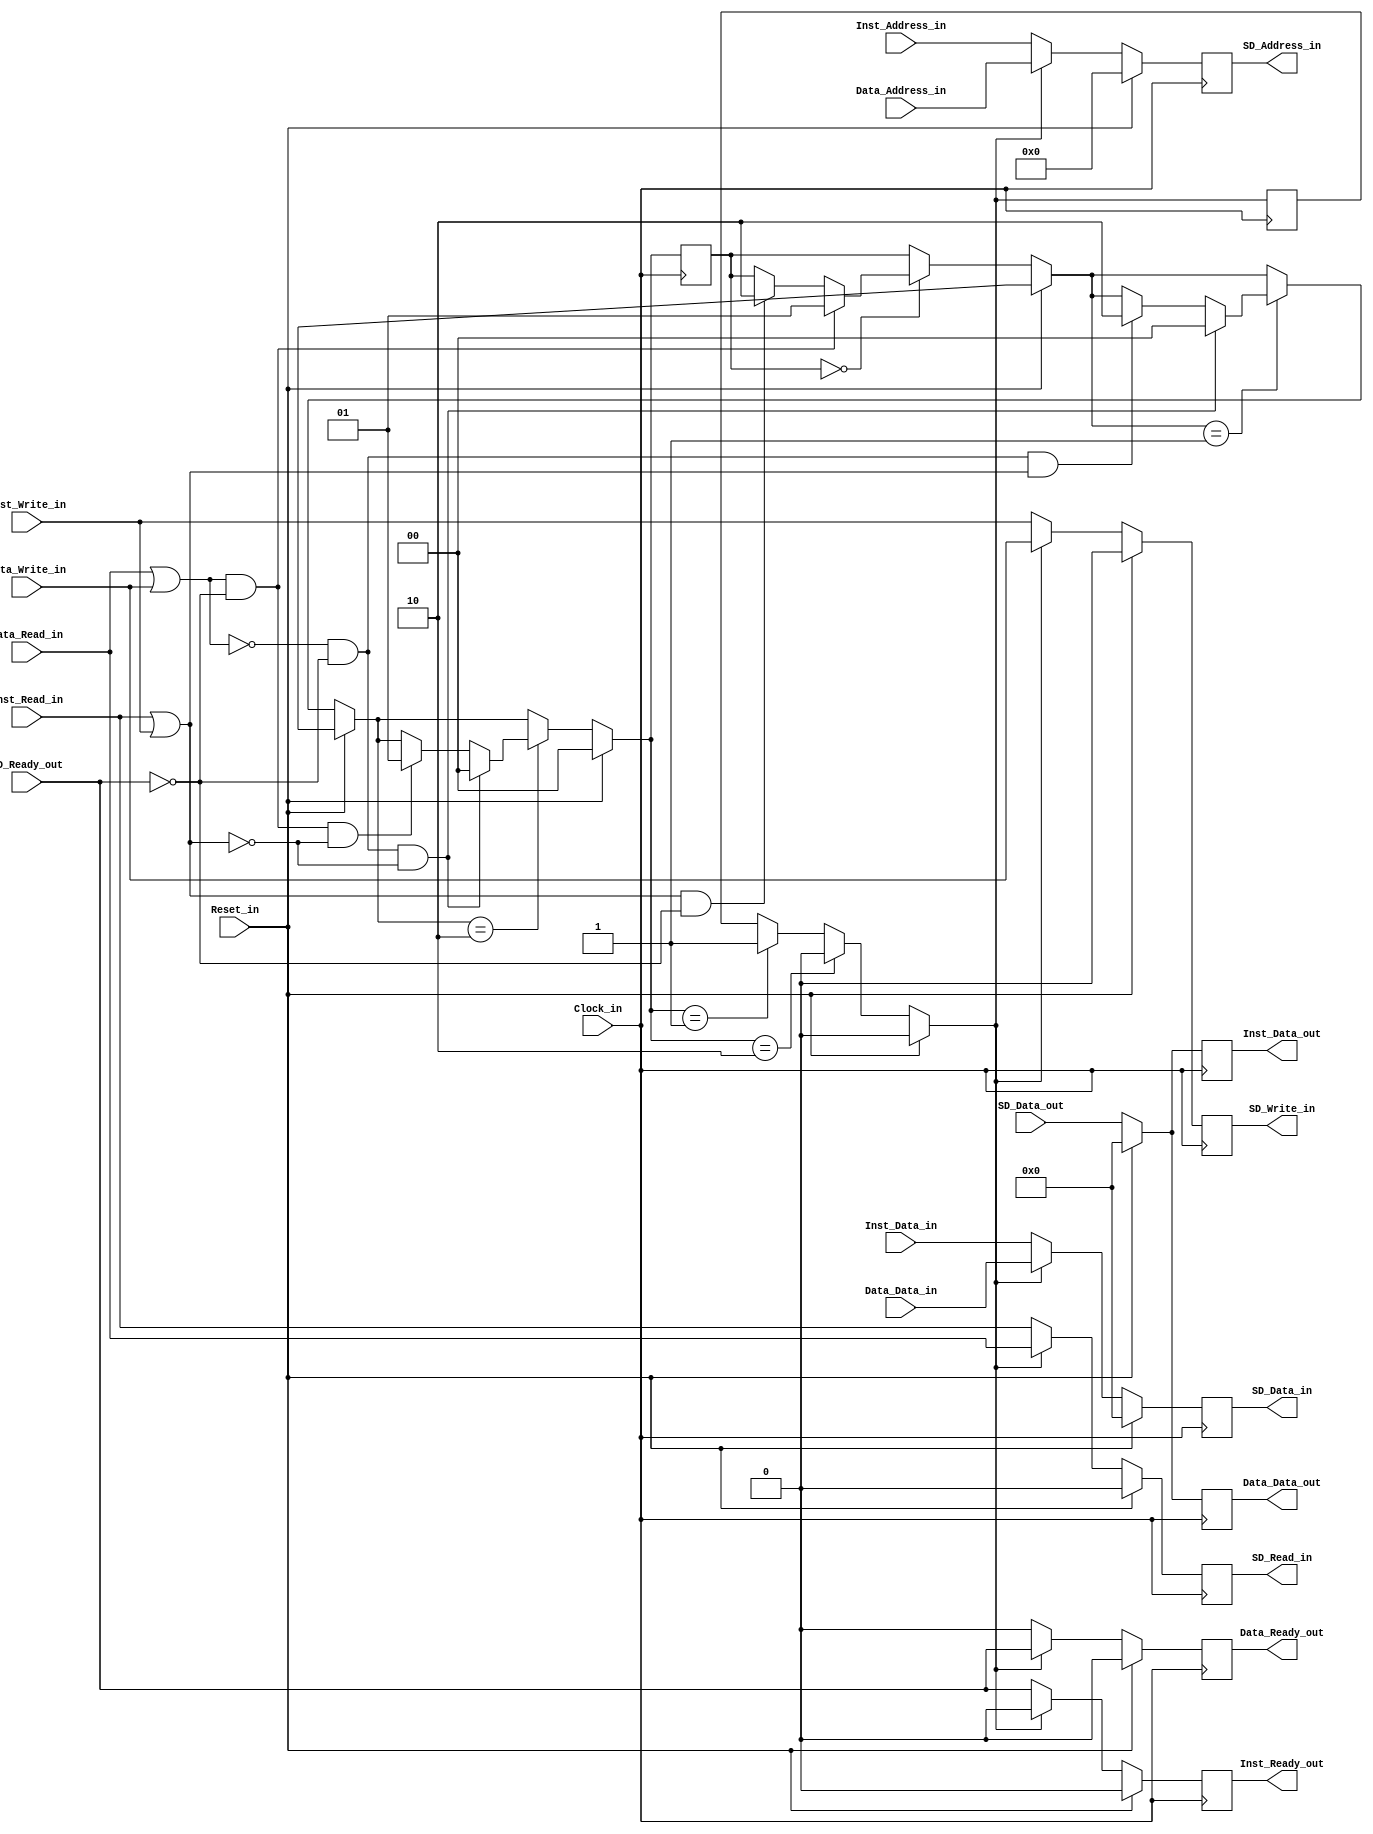
module Bus_Arbiter(
    input Clock_in,
    input Reset_in,
    input Inst_Read_in,
    input Inst_Write_in,
    input [29:0] Inst_Address_in,
    input [4095:0] Inst_Data_in,
    output reg Inst_Ready_out,
    output reg [4095:0] Inst_Data_out,
    input Data_Read_in,
    input Data_Write_in,
    input [29:0] Data_Address_in,
    input [4095:0] Data_Data_in,
    output reg Data_Ready_out,
    output reg[4095:0] Data_Data_out,
    output reg SD_Read_in,
    output reg SD_Write_in,
    output reg [29:0] SD_Address_in,
    output reg [4095:0] SD_Data_in,
    input SD_Ready_out,
    input [4095:0] SD_Data_out
    );

    reg [1:0] Bus_Locked;
    reg Bus_Select;
    
    
    
    always@(posedge Clock_in)
        begin
            if (Reset_in)
                Bus_Locked = 2'b00;
            else begin
                if (Bus_Locked == 2'b00) begin
                    if ((Inst_Read_in | Inst_Write_in) && !SD_Ready_out)
                       Bus_Locked = 2'b10;
                    if ((Data_Read_in | Data_Write_in) && !SD_Ready_out)
                       Bus_Locked = 2'b01; 
                end
                if (Bus_Locked == 2'b01) begin
                    if (~(Data_Read_in | Data_Write_in) && !SD_Ready_out && (Inst_Read_in | Inst_Write_in))
                       Bus_Locked = 2'b10;
                    if (~(Data_Read_in | Data_Write_in) && !SD_Ready_out && ~(Inst_Read_in | Inst_Write_in))
                       Bus_Locked = 2'b00;
                end
                if (Bus_Locked == 2'b10) begin
                    if ((Data_Read_in | Data_Write_in) && !SD_Ready_out && ~(Inst_Read_in | Inst_Write_in))
                       Bus_Locked = 2'b01;
                    if (~(Data_Read_in | Data_Write_in) && !SD_Ready_out && ~(Inst_Read_in | Inst_Write_in))
                       Bus_Locked = 2'b00;
                end
            end
            Bus_Select = (!Reset_in) ? (Bus_Locked == 2'b10) ? 1'b0 : (Bus_Locked == 2'b01) ? 1'b1 : Bus_Select : 1'b0;
            Inst_Ready_out = (!Reset_in) ? (!Bus_Select) ? SD_Ready_out : 1'b0 : 1'b0;
            Inst_Data_out = (!Reset_in) ? SD_Data_out : 4096'd0;
            Data_Ready_out = (!Reset_in) ? (Bus_Select) ? SD_Ready_out : 1'b0 : 1'b0;
            Data_Data_out = (!Reset_in) ? SD_Data_out :4096'd0;
            SD_Read_in = (!Reset_in) ? (Bus_Select) ? Data_Read_in : Inst_Read_in : 1'b0;
            SD_Write_in = (!Reset_in) ? (Bus_Select) ? Data_Write_in : Inst_Write_in : 1'b0;
            SD_Address_in = (!Reset_in) ? (Bus_Select) ? Data_Address_in : Inst_Address_in : 30'd0;
            SD_Data_in = (!Reset_in) ? (Bus_Select) ? Data_Data_in : Inst_Data_in : 4096'd0;
        end
        

                     
endmodule